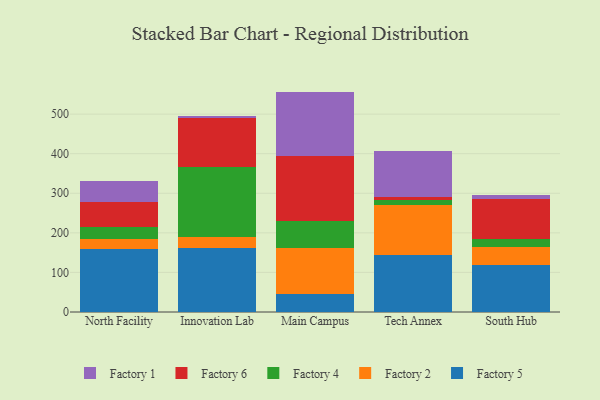
{"axis": {"x": "Campus", "y": "Net Income (USD K)"}, "legend": ["Factory 1", "Factory 2", "Factory 4", "Factory 5", "Factory 6"], "data": [{"x": "North Facility", "y": 159.0, "type": "Factory 5"}, {"x": "North Facility", "y": 24.4, "type": "Factory 2"}, {"x": "North Facility", "y": 31.3, "type": "Factory 4"}, {"x": "North Facility", "y": 64.5, "type": "Factory 6"}, {"x": "North Facility", "y": 52.3, "type": "Factory 1"}, {"x": "Innovation Lab", "y": 161.2, "type": "Factory 5"}, {"x": "Innovation Lab", "y": 28.0, "type": "Factory 2"}, {"x": "Innovation Lab", "y": 176.8, "type": "Factory 4"}, {"x": "Innovation Lab", "y": 123.6, "type": "Factory 6"}, {"x": "Innovation Lab", "y": 5.1, "type": "Factory 1"}, {"x": "Main Campus", "y": 44.9, "type": "Factory 5"}, {"x": "Main Campus", "y": 116.6, "type": "Factory 2"}, {"x": "Main Campus", "y": 68.0, "type": "Factory 4"}, {"x": "Main Campus", "y": 164.6, "type": "Factory 6"}, {"x": "Main Campus", "y": 162.8, "type": "Factory 1"}, {"x": "Tech Annex", "y": 143.6, "type": "Factory 5"}, {"x": "Tech Annex", "y": 125.7, "type": "Factory 2"}, {"x": "Tech Annex", "y": 14.8, "type": "Factory 4"}, {"x": "Tech Annex", "y": 5.5, "type": "Factory 6"}, {"x": "Tech Annex", "y": 116.3, "type": "Factory 1"}, {"x": "South Hub", "y": 118.4, "type": "Factory 5"}, {"x": "South Hub", "y": 46.5, "type": "Factory 2"}, {"x": "South Hub", "y": 19.4, "type": "Factory 4"}, {"x": "South Hub", "y": 102.4, "type": "Factory 6"}, {"x": "South Hub", "y": 9.0, "type": "Factory 1"}]}